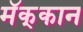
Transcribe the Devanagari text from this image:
मॅक्‌कान